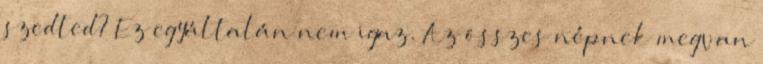
szedted? Ez egyáltalán nem igaz. Az összes népnek megvan